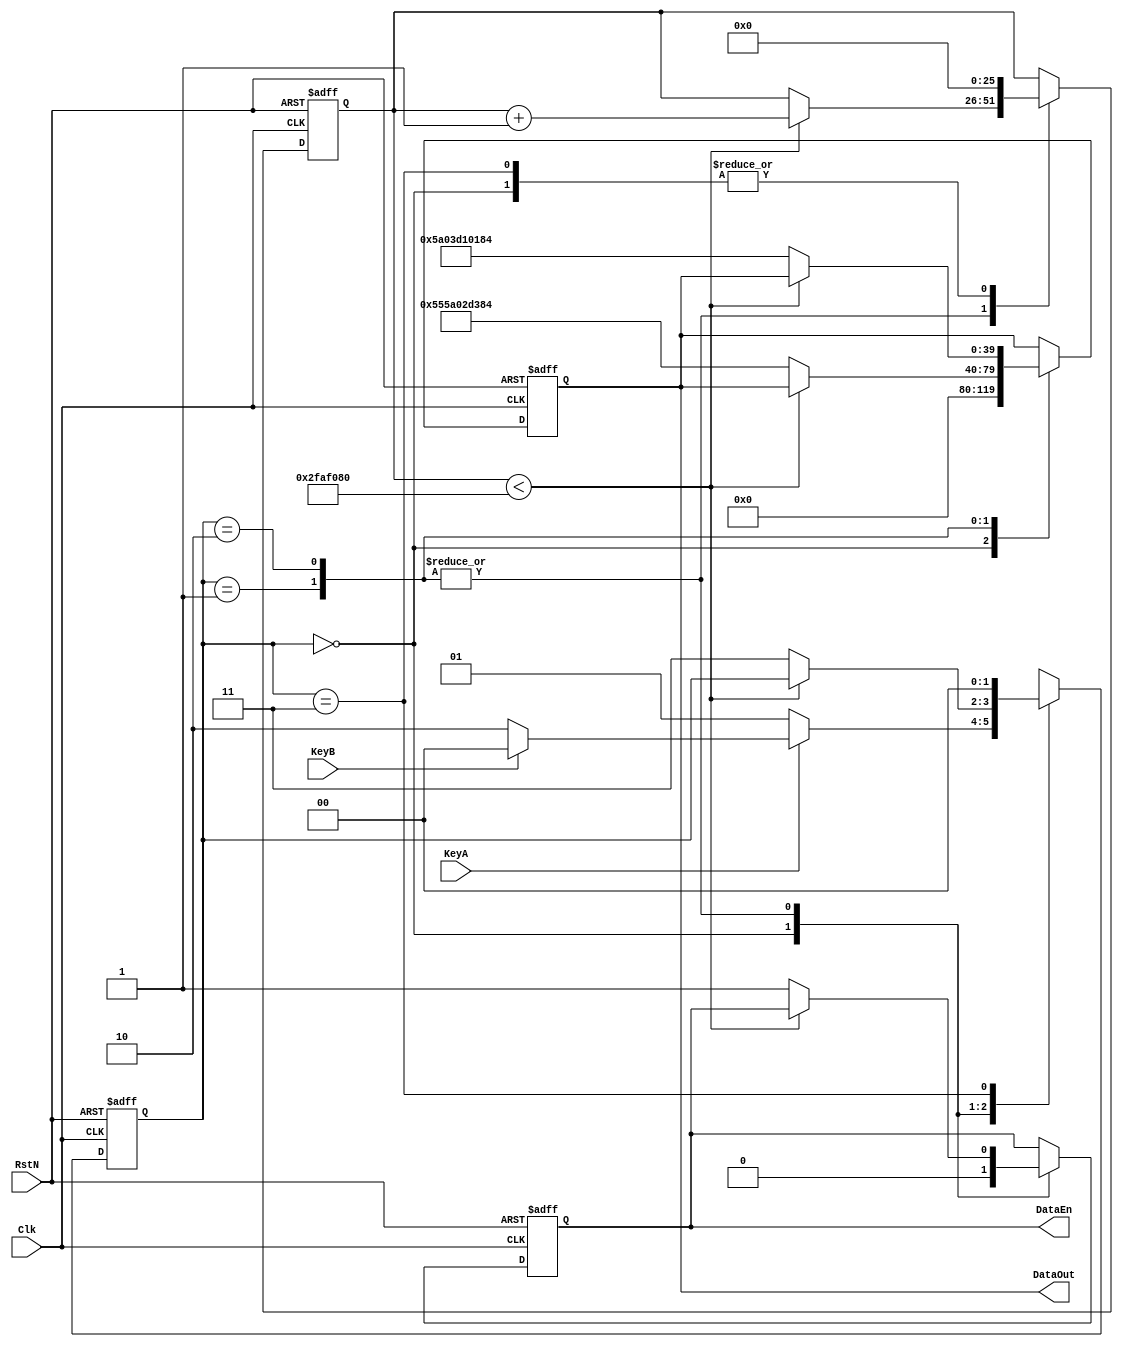
module Controller(
		Clk,
		RstN,
		KeyA,
		KeyB,
		
		DataEn,
		DataOut
);

	input						Clk;
	input						RstN;
	input						KeyA;
	input						KeyB;
	
	output reg				DataEn;
//	output reg	[31:0]	DataOut;
	output reg	[39:0]	DataOut;
	
	reg			[25:0]	ClkCnt;
	reg			[1:0]		STATE;
	
	parameter				IDLE 	= 2'b00,		// "空闲"状态
								KEYA 	= 2'b01,		// "发送单次测量命令"状态
								KEYB	= 2'b10,		// "发送连续测量命令"状态
								RETU	= 2'b11;		// "返回"状态
								
always@(posedge Clk or negedge RstN)
begin
	if (~RstN)
	begin
		ClkCnt <= 1'b0;
		STATE <= IDLE;
		DataEn <= 1'b0;
		DataOut <= 1'b0;
	end
	else
	begin
		
		case(STATE)
			
			IDLE:
			begin
				ClkCnt <= 1'b0;
				DataEn <= 1'b0;
				DataOut <= 1'b0;
				if (~KeyA)		// 在IDLE状态中，通过if...else...语句响应按键输入，可更换为case语句
				begin
					STATE <= KEYA;
				end
				else if (~KeyB)
				begin
					STATE <= KEYB;
				end
				else
				begin
					STATE <= IDLE;
				end
			end
			
			KEYA:
			begin
				if (ClkCnt < 'd50000000)			// 1秒内连续判断按键状态，简单"去抖"，可使用其它方法实现
				begin
					ClkCnt <= ClkCnt + 1'b1;
					if (~KEYA)
					begin
						STATE <= STATE;
					end
					else	// 在1秒内检测到KEYA按键被释放，则返回到IDLE
					begin
						STATE <= IDLE;
					end
				end
				else
				begin
					DataEn <= 1'b1;
//					DataOut <= 32'h80_06_02_78;   	// 单次测量
					DataOut <= 40'h55_5A_02_D3_84;  	// 执行查询
					STATE <= RETU;
				end
			end
			
			KEYB:
			begin
				if (ClkCnt < 'd50000000)			// 1秒内连续判断按键状态，简单"去抖"，可使用其它方法实现
				begin
					ClkCnt <= ClkCnt + 1'b1;
					if (~KEYB)
					begin
						STATE <= STATE;
					end
					else
					begin  // 在1秒内检测到KEYB按键被释放，则返回到IDLE
						STATE <= IDLE;
					end
				end
				else
				begin
					DataEn <= 1'b1;
//					DataOut <= 32'h80_06_03_77;		// 多次测量
//					DataOut <= 40'h55_5A_03_D1_00_83;  // 雷达关：	
					DataOut <= 40'h55_5A_03_D1_01_84;  // 雷达开：
					STATE <= RETU;
				end
			end		
			
			RETU:
			begin
				ClkCnt <= 1'b0;
				DataEn <= DataEn;
				DataOut <= DataOut;
				STATE <= IDLE;
			end
			
		endcase
	end
end

endmodule